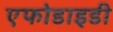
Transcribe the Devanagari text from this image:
एफोडाइडी